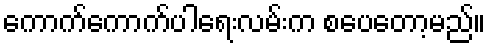
ကောက်ကောက်ပါရေးလမ်းက စပေတော့မည်။